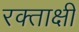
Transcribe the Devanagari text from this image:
रक्ताक्षी